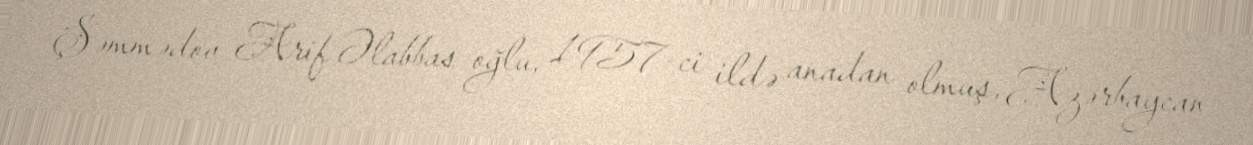
Şəmmədov Arif Əlabbas oğlu, 1957-ci ildə anadan olmuş, Azərbaycan